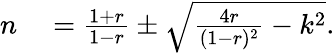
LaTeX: \begin{array}{rl}{n}&{{}=\frac{1+r}{1-r}\pm\sqrt{\frac{4r}{(1-r)^{2}}-k^{2}}.}\end{array}